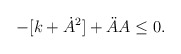
\begin{align*}- [k + \dot{A}^2] + \ddot{A} A \leq 0.\end{align*}